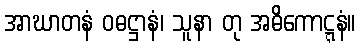
အာဃာတနံ ဝဓဋ္ဌာနံ၊ သူနာ တု အဓိကောဋ္ဋနံ။